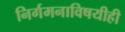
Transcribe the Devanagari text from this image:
निर्गमनाविषयीही